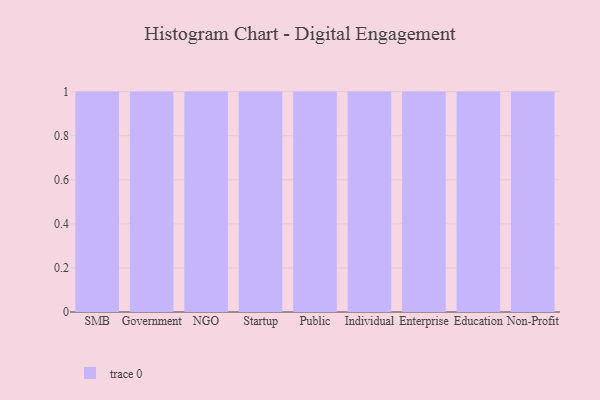
{"axis": {"x": "Segment", "y": "Market Share (%)"}, "legend": [""], "data": [{"x": "SMB", "y": 79, "type": ""}, {"x": "Government", "y": 70, "type": ""}, {"x": "NGO", "y": 68, "type": ""}, {"x": "Startup", "y": 37, "type": ""}, {"x": "Public", "y": 20, "type": ""}, {"x": "Individual", "y": 54, "type": ""}, {"x": "Enterprise", "y": 89, "type": ""}, {"x": "Education", "y": 60, "type": ""}, {"x": "Non-Profit", "y": 18, "type": ""}]}